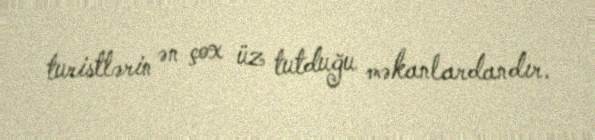
turistlərin ən çox üz tutduğu məkanlardandır.